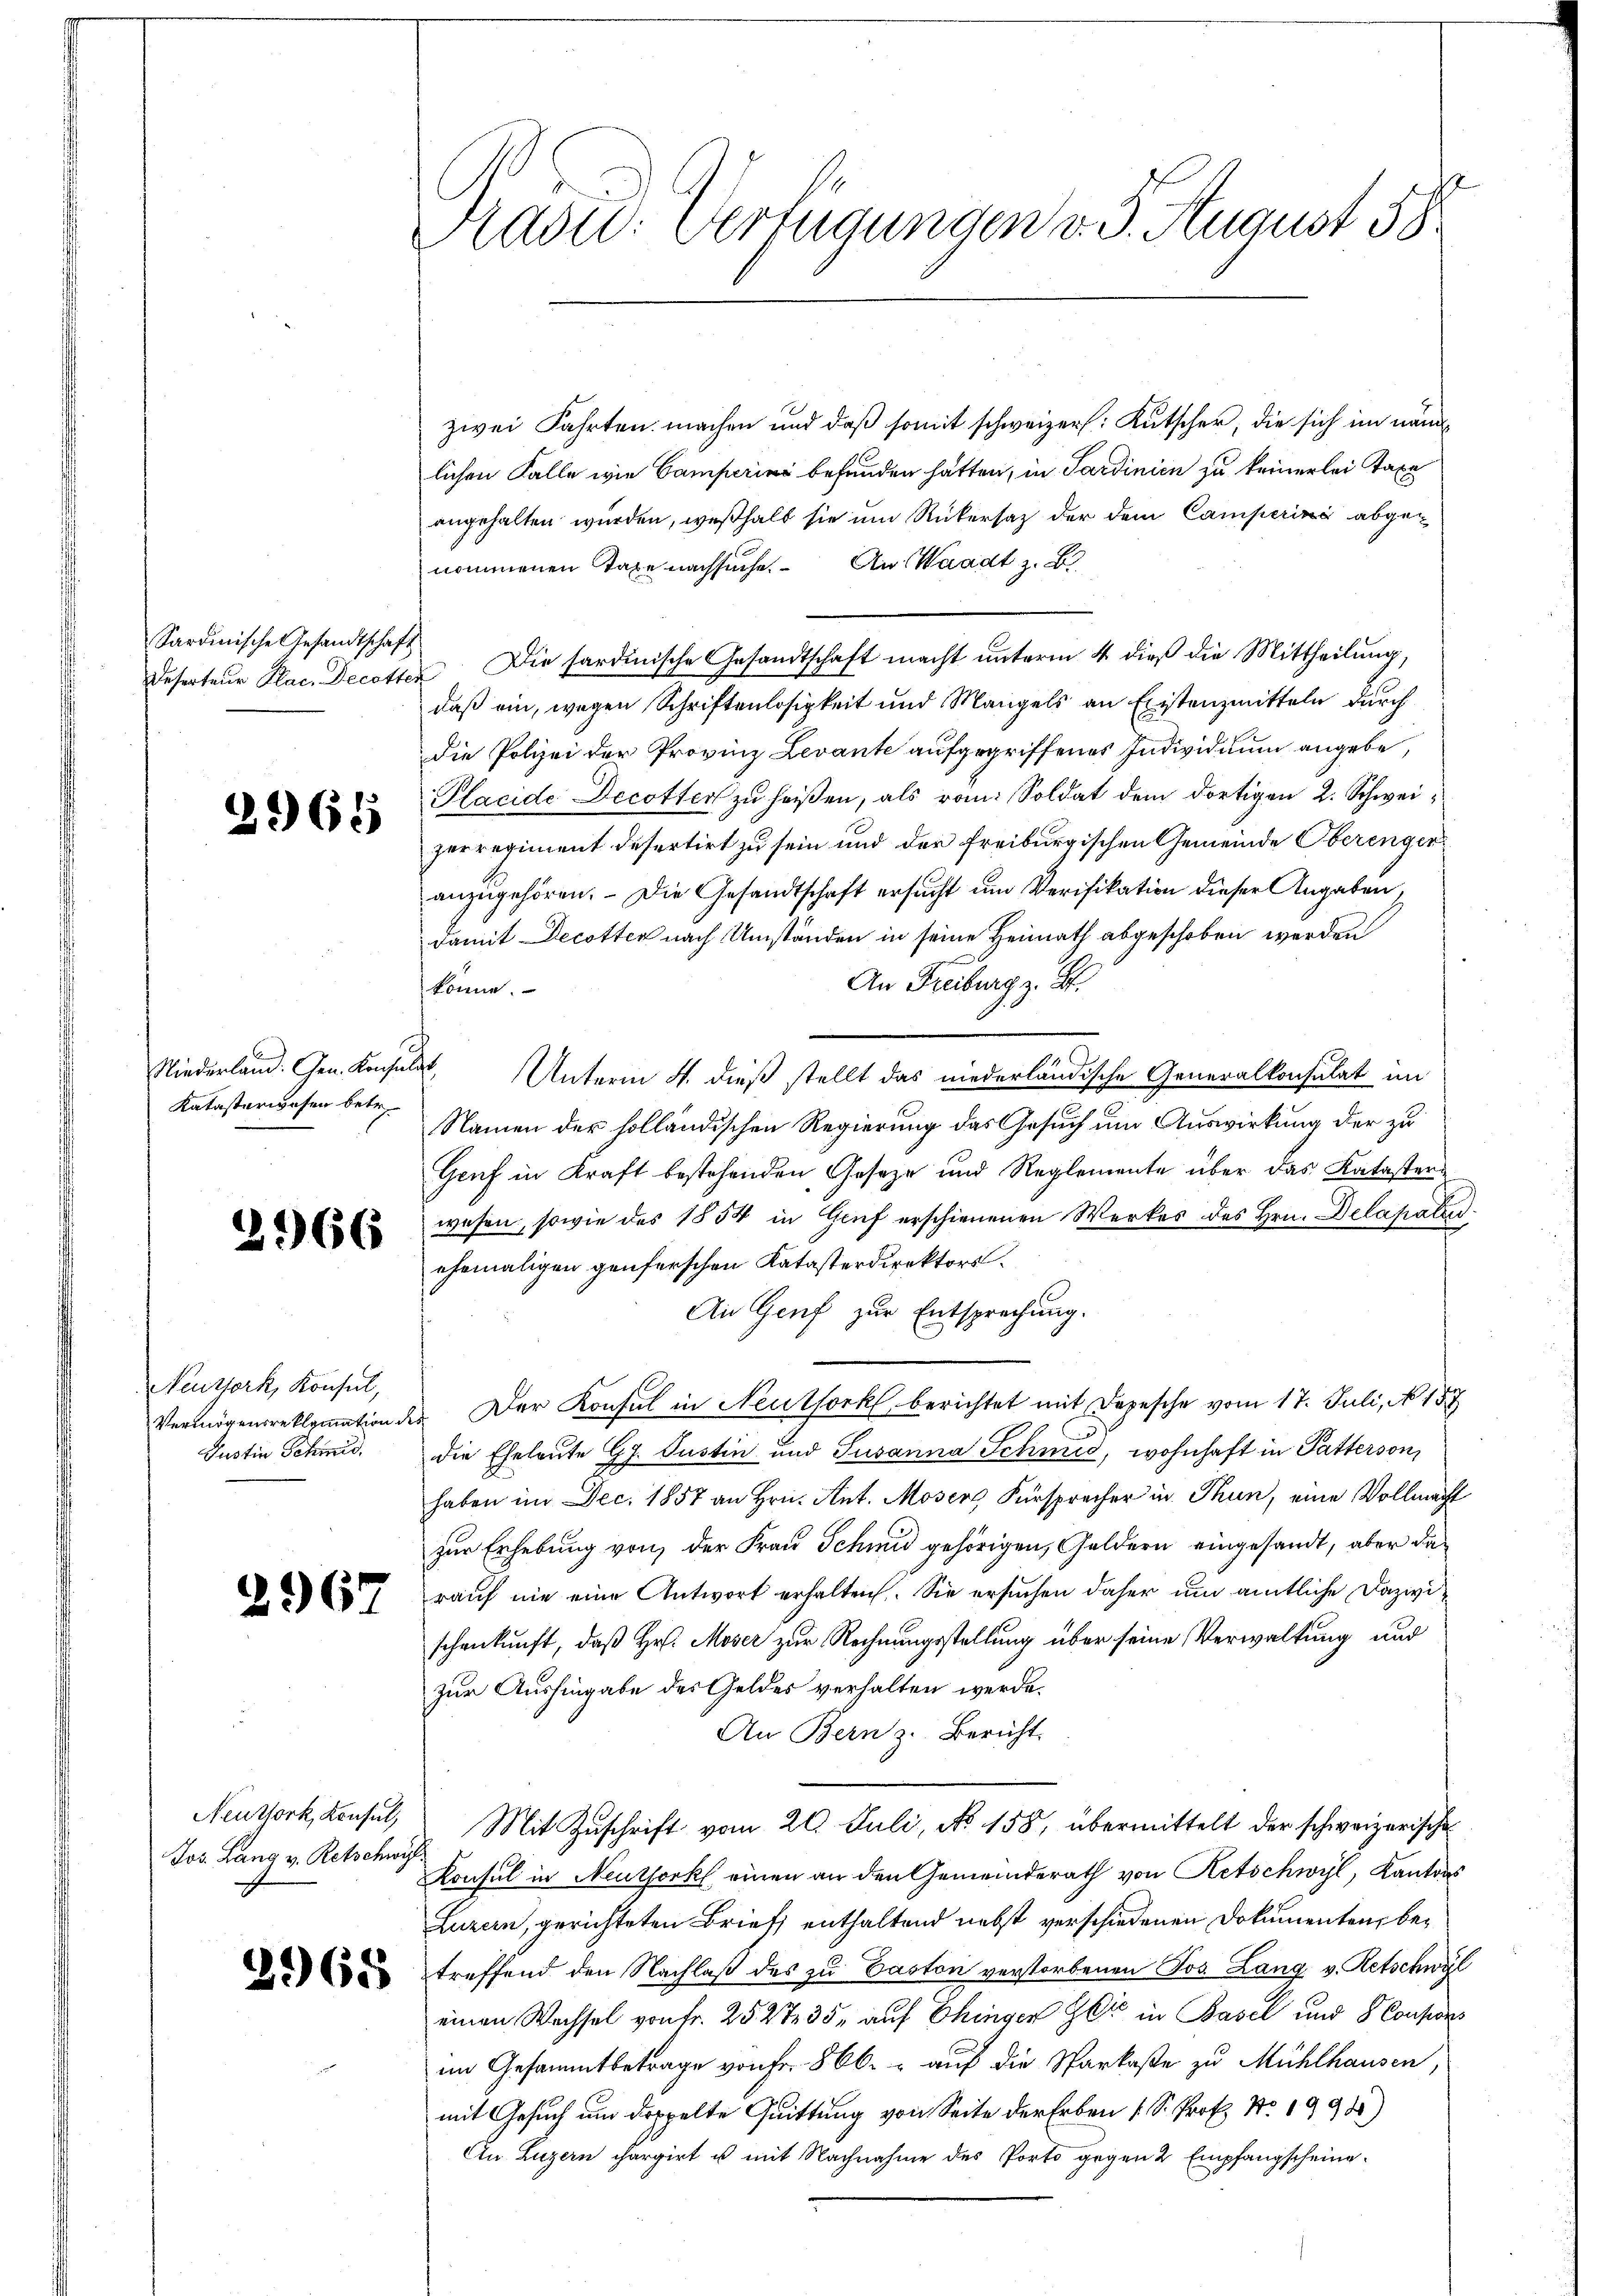
Sardinische Gesandtschaft

3968

Katasterwesen betr.

2966

Neuzork, Konsul,
Justin Schmid,

2967

Jos. Lang v. Retschwis

Kasid. Verfügungen v. 3. August 58

zwei Fahrten machen und daß somit schweizer: Kutscher, die sich im nämlichen Falle wie Camperini befunden hatten, in Sardinien zu keinerlei Taxe
angehalten wurden, weßhalb sie um Rückersatz der dem Camperin abgenommenen Taxe nachsuche. An Waadt z. B.
Deserteŭr Plac. Decotter. Die sardinische Gesandtschaft macht unterm 4. dieß die Mittheilung,
daß ein, wegen Schriftenlosigkeit und Mangels an Existenzmitteln durch
die Polizei der Provinz Levante aufgegriffenes Individuum angebe,
Placide Decotter zu heißen, als rom. Soldat dem dortigen 2. Schweizerregiment desertirt zu sein und der freiburgischen Gemeinde Oberenger
anzugehören. Die Gesandtschaft ersucht um Verifikation dieser Angaben,
damit Decotten nach Umständen in seine Heimath abgeschoben werden
An Freiburg z. B.
könne.
Niederland. Gen. Konsulat Unterm 4. dieß stellt das niederländische Generalkonsulat im
Namen der solländischen Regierung das Gesuch um Auswirkung der zu
Gruf in Kraft bestehenden Geseze und Reglemente über das Kataster
wesen, sowie des 1854 in Genf erschienenen Werkes des Hrn. Delapale
ehemaligen genferschen Katasterdirektors.
An Genf zur Entsprechung.
Vermögensreklamation des Der Konsul in Neuthork berichtet mit Depesche vom 17. Juli, No 153
die Eheleute G. Justin und Susanna Schmid, wohnhaft in Patterson,
haben im Dec. 1857 an Hrn. Ant. Moser Fürsprecher in Thun, eine Vollmacht
zur Erhebung von der Frau Schmid gehörigen, Geldern eingesandt, aber da
rauf nie eine Antwort erhalten. Sie ersuchen daher um amtliche Dazwischenkunft, daß Hr. Moser zur Rechnungsstellung über seine Verwaltung und
zur Aushingabe des Geldes verhalten werde.
An Bern z. Bericht
Nettork, Konsul, Mit Zuschrift vom 20. Juli, No 158, übermittelt der schweizerische
Konsul in Neuthork einen an den Gemeinderath von Retschwyl, Kantons
Luzern, gerichteten Brief enthaltend nebst verschiedenen Dokumenten, be¬
 treffend den Nachlaβ des zu Paston verstorbenen Jos. Lang v. Retschwyl
einen Wachsel von Fr. 252735, auf hinger Gli in Basel und Consor
im Gesammtbetrage von Fr. 866. auf die Sarkaße zu Mühlhausen,
mit Gesuch um doppelte Quittung von Seite der Erben (S. Prof. No. 1995)
An Luzern chargirt u mit Nachnahme des Porto gegen 2 Empfangscheine¬